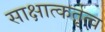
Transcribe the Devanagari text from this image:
साक्षात्कर्तृत्व